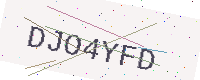
Text: DJO4YFD